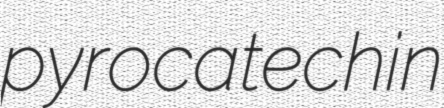
pyrocatechin